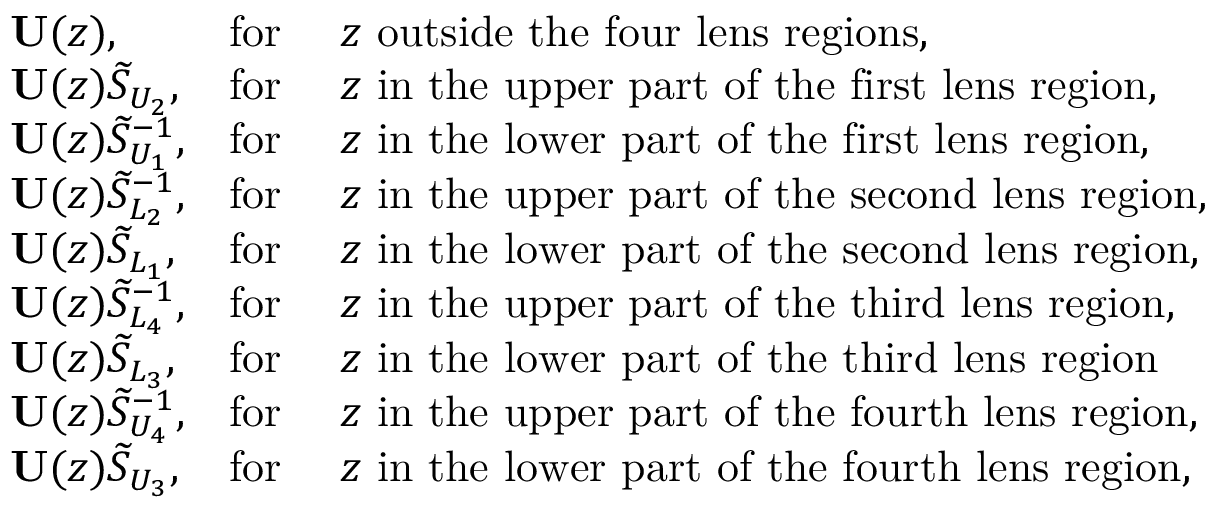
\begin{array} { r l r l } & { \mathbf { U } ( z ) , } & { \mathrm { f o r } \ } & { z \ \mathrm { o u t s i d e \ t h e \ f o u r \ l e n s \ r e g i o n s } , } \\ & { \mathbf { U } ( z ) \widetilde { S } _ { U _ { 2 } } , } & { \mathrm { f o r } \ } & { z \ \mathrm { i n \ t h e \ u p p e r \ p a r t \ o f \ t h e \ f i r s t \ l e n s \ r e g i o n } , } \\ & { \mathbf { U } ( z ) \widetilde { S } _ { U _ { 1 } } ^ { - 1 } , } & { \mathrm { f o r } \ } & { z \ \mathrm { i n \ t h e \ l o w e r \ p a r t \ o f \ t h e \ f i r s t \ l e n s \ r e g i o n } , } \\ & { \mathbf { U } ( z ) \widetilde { S } _ { L _ { 2 } } ^ { - 1 } , } & { \mathrm { f o r } \ } & { z \ \mathrm { i n \ t h e \ u p p e r \ p a r t \ o f \ t h e \ s e c o n d \ l e n s \ r e g i o n } , } \\ & { \mathbf { U } ( z ) \widetilde { S } _ { L _ { 1 } } , } & { \mathrm { f o r } \ } & { z \ \mathrm { i n \ t h e \ l o w e r \ p a r t \ o f \ t h e \ s e c o n d \ l e n s \ r e g i o n } , } \\ & { \mathbf { U } ( z ) \widetilde { S } _ { L _ { 4 } } ^ { - 1 } , } & { \mathrm { f o r } \ } & { z \ \mathrm { i n \ t h e \ u p p e r \ p a r t \ o f \ t h e \ t h i r d \ l e n s \ r e g i o n } , } \\ & { \mathbf { U } ( z ) \widetilde { S } _ { L _ { 3 } } , } & { \mathrm { f o r } \ } & { z \ \mathrm { i n \ t h e \ l o w e r \ p a r t \ o f \ t h e \ t h i r d \ l e n s \ r e g i o n } } \\ & { \mathbf { U } ( z ) \widetilde { S } _ { U _ { 4 } } ^ { - 1 } , } & { \mathrm { f o r } \ } & { z \ \mathrm { i n \ t h e \ u p p e r \ p a r t \ o f \ t h e \ f o u r t h \ l e n s \ r e g i o n } , } \\ & { \mathbf { U } ( z ) \widetilde { S } _ { U _ { 3 } } , } & { \mathrm { f o r } \ } & { z \ \mathrm { i n \ t h e \ l o w e r \ p a r t \ o f \ t h e \ f o u r t h \ l e n s \ r e g i o n } , } \end{array}